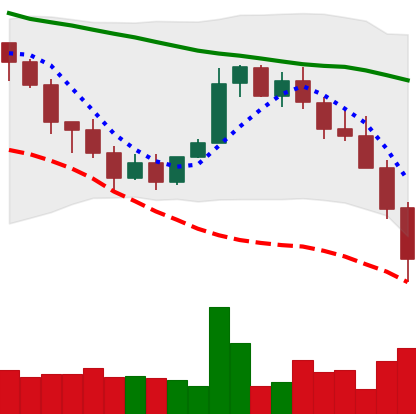
Ticker: XMR-USD
Chart end date: 2022-01-22
Forward return: -4.778%
Label: down_3_5